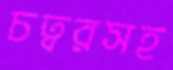
চত্বরসহ